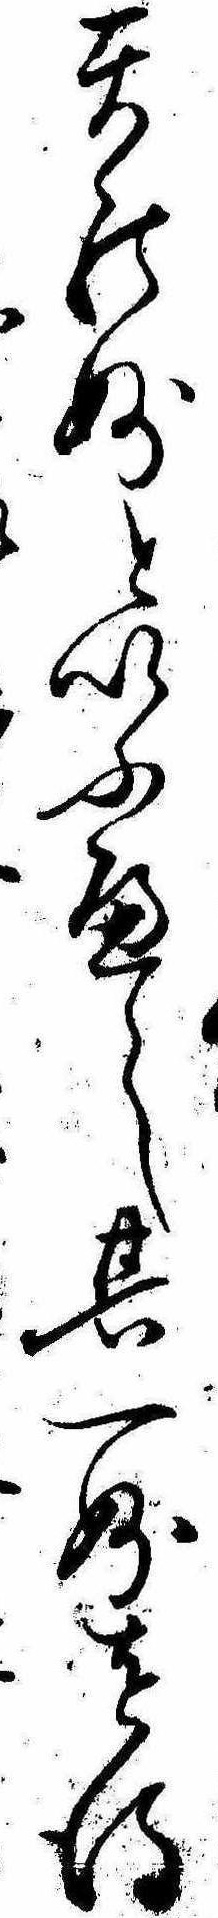
天の妙といふへし其一妙を得